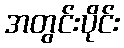
အတွင်းပိုင်း